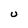
Character: U